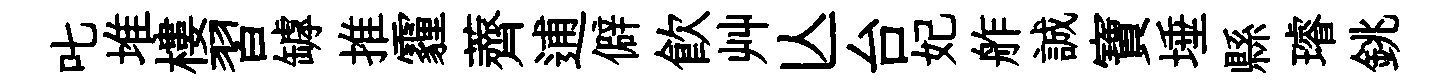
叱堆樓習罅推霾薺逋僻飲艸亾台妃舴誠寶埵縣璿銚